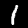
Digit: 1